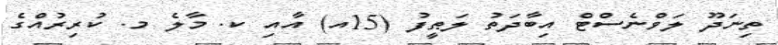
ތިނަދޫ ލަވްނެސްޓް އިބާދަތު ލަޠީފު (15އ) އާއި ކ. މާލެ މ. ކުރިރުއްގެ